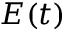
E ( t )